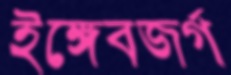
ইঙ্গেবজর্গ